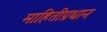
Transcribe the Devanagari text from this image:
माहितीप्रधान